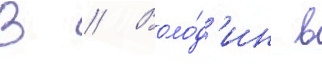
В // Воло́д'ин в